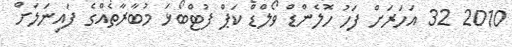
2010 32 އަހަރަށް ފަހު ހޮލެންޑް ވޯލްޑް ކަޕް ފުޓްބޯޅަ މުބާރާތެއްގެ ފައިނަލަށް